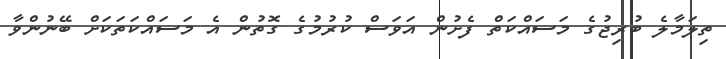
ތިލަމާލެ ބުރިޖުގެ މަސައްކަތް ފެށުން އަަވަސް ކުރުމުގެ ގޮތުން އެ މަސައްކަތަކަށް ބޭނުންވާ